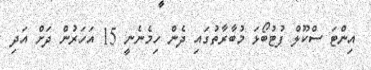
އިންޓަ ސްކޫލް ފުޓުބޯޅަ މުބާރާތުގައި ދެން ހިމެނެނީ 15 އަހަރުން ދަށް އަދި